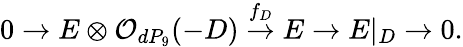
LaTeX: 0\rightarrow E\otimes{\cal O}_{dP_{9}}(-D)\stackrel{f_{D}}{\rightarrow}E\rightarrow E|_{D}\rightarrow 0.